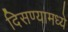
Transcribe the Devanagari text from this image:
दिसण्यामध्ये